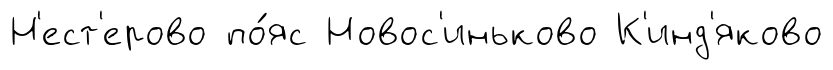
Н'ест'ерово по́яс Новос'иньково К'инд'яково